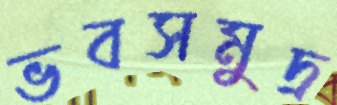
ভবসমুদ্র